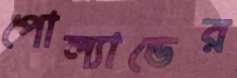
পোল্যান্ডের